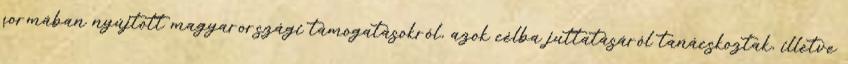
formában nyújtott magyarországi támogatásokról, azok célba juttatásáról tanácskoztak, illetve